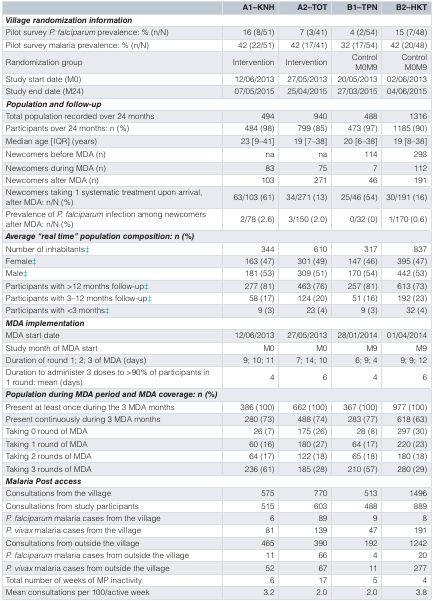
<table><thead><tr><td></td><td><b>A1–KNH</b></td><td><b>A2–TOT</b></td><td><b>B1–TPN</b></td><td><b>B2–HKT</b></td></tr></thead><tbody><tr><td colspan="5"><b><i>Village randomization information</i></b></td></tr><tr><td>Pilot survey<i>P. falciparum</i> prevalence: % (n/N)</td><td>16 (8/51)</td><td>7 (3/41)</td><td>4 (2/54)</td><td>15 (7/48)</td></tr><tr><td>Pilot survey malaria prevalence: % (n/N)</td><td>42 (22/51)</td><td>42 (17/41)</td><td>32 (17/54)</td><td>42 (20/48)</td></tr><tr><td>Randomization group</td><td>Intervention</td><td>Intervention</td><td>ControlM0M9</td><td>ControlM0M9</td></tr><tr><td>Study start date (M0)</td><td>12/06/2013</td><td>27/05/2013</td><td>20/05/2013</td><td>02/06/2013</td></tr><tr><td>Study end date (M24)</td><td>07/05/2015</td><td>25/04/2015</td><td>27/03/2015</td><td>04/06/2015</td></tr><tr><td colspan="5"><b><i>Population and follow-up</i></b></td></tr><tr><td>Total population recorded over 24 months</td><td>494</td><td>940</td><td>488</td><td>1316</td></tr><tr><td>Participants over 24 months: n (%)</td><td>484 (98)</td><td>799 (85)</td><td>473 (97)</td><td>1185 (90)</td></tr><tr><td>Median age [IQR] (years)</td><td>23 [9–41]</td><td>19 [7–38]</td><td>20 [6–38]</td><td>19 [8–38]</td></tr><tr><td>Newcomers before MDA (n)</td><td>na</td><td>na</td><td>114</td><td>293</td></tr><tr><td>Newcomers during MDA (n)</td><td>83</td><td>75</td><td>7</td><td>112</td></tr><tr><td>Newcomers after MDA (n)</td><td>103</td><td>271</td><td>46</td><td>191</td></tr><tr><td>Newcomers taking 1 systematic treatment upon arrival,after MDA: n/N (%)</td><td>63/103 (61)</td><td>34/271 (13)</td><td>25/46 (54)</td><td>30/191 (16)</td></tr><tr><td>Prevalence of<i>P. falciparum</i> infection among newcomersafter MDA: n/N (%)</td><td>2/78 (2.6)</td><td>3/150 (2.0)</td><td>0/32 (0)</td><td>1/170 (0.6)</td></tr><tr><td colspan="5"><b><i>Average &quot;real time&quot; population composition: n (%)</i></b></td></tr><tr><td>Number of inhabitants‡</td><td>344</td><td>610</td><td>317</td><td>837</td></tr><tr><td>Female‡</td><td>163 (47)</td><td>301 (49)</td><td>147 (46)</td><td>395 (47)</td></tr><tr><td>Male‡</td><td>181 (53)</td><td>309 (51)</td><td>170 (54)</td><td>442 (53)</td></tr><tr><td>Participants with &gt;12 months follow-up‡</td><td>277 (81)</td><td>463 (76)</td><td>257 (81)</td><td>613 (73)</td></tr><tr><td>Participants with 3–12 months follow-up‡</td><td>58 (17)</td><td>124 (20)</td><td>51 (16)</td><td>192 (23)</td></tr><tr><td>Participants with &lt;3 months‡</td><td>9 (3)</td><td>23 (4)</td><td>9 (3)</td><td>32 (4)</td></tr><tr><td colspan="5"><b><i>MDA implementation</i></b></td></tr><tr><td>MDA start date</td><td>12/06/2013</td><td>27/05/2013</td><td>28/01/2014</td><td>01/04/2014</td></tr><tr><td>Study month of MDA start</td><td>M0</td><td>M0</td><td>M9</td><td>M9</td></tr><tr><td>Duration of round 1; 2; 3 of MDA (days)</td><td>9; 10; 11</td><td>7; 14; 10</td><td>6; 9; 4</td><td>9; 9; 12</td></tr><tr><td>Duration to administer 3 doses to &gt;90% of participants in1 round: mean (days)</td><td>4</td><td>6</td><td>4</td><td>6</td></tr><tr><td colspan="5"><b><i>Population during MDA period and MDA coverage: n (%)</i></b></td></tr><tr><td>Present at least once during the 3 MDA months</td><td>386 (100)</td><td>662 (100)</td><td>367 (100)</td><td>977 (100)</td></tr><tr><td>Present continuously during 3 MDA months</td><td>280 (73)</td><td>488 (74)</td><td>283 (77)</td><td>618 (63)</td></tr><tr><td>Taking 0 round of MDA</td><td>26 (7)</td><td>175 (26)</td><td>28 (8)</td><td>297 (30)</td></tr><tr><td>Taking 1 round of MDA</td><td>60 (16)</td><td>180 (27)</td><td>64 (17)</td><td>220 (23)</td></tr><tr><td>Taking 2 rounds of MDA</td><td>64 (17)</td><td>122 (18)</td><td>65 (18)</td><td>180 (18)</td></tr><tr><td>Taking 3 rounds of MDA</td><td>236 (61)</td><td>185 (28)</td><td>210 (57)</td><td>280 (29)</td></tr><tr><td colspan="5"><b><i>Malaria Post access</i></b></td></tr><tr><td>Consultations from the village</td><td>575</td><td>770</td><td>513</td><td>1496</td></tr><tr><td>Consultations from study participants</td><td>515</td><td>603</td><td>488</td><td>889</td></tr><tr><td><i>P. falciparum</i> malaria cases from the village</td><td>6</td><td>89</td><td>9</td><td>8</td></tr><tr><td><i>P. vivax</i> malaria cases from the village</td><td>81</td><td>139</td><td>47</td><td>191</td></tr><tr><td>Consultations from outside the village</td><td>465</td><td>390</td><td>192</td><td>1242</td></tr><tr><td><i>P. falciparum</i> malaria cases from outside the village</td><td>11</td><td>66</td><td>4</td><td>20</td></tr><tr><td><i>P. vivax</i> malaria cases from outside the village</td><td>52</td><td>67</td><td>11</td><td>277</td></tr><tr><td>Total number of weeks of MP inactivity</td><td>6</td><td>17</td><td>5</td><td>4</td></tr><tr><td>Mean consultations per 100/active week</td><td>3.2</td><td>2.0</td><td>2.0</td><td>3.8</td></tr></tbody></table>